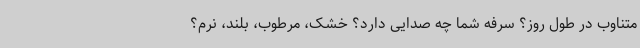
متناوب در طول روز؟ سرفه‌ شما چه صدایی دارد؟ خشک، مرطوب، بلند، نرم؟